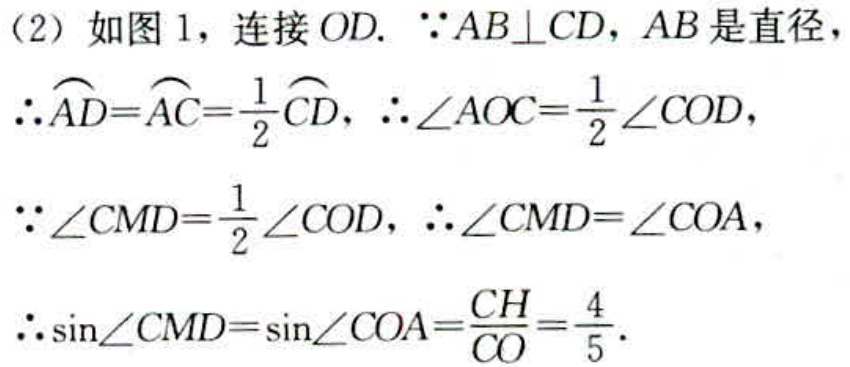
(2) 如图 1，连接 \(OD\). \(\because AB\perp CD\)，\(AB\) 是直径，
\(\therefore\overset{\frown}{AD}=\overset{\frown}{AC}=\frac{1}{2}\overset{\frown}{CD}\)，\(\therefore\angle AOC = \frac{1}{2}\angle COD\)，
\(\because\angle CMD=\frac{1}{2}\angle COD\)，\(\therefore\angle CMD=\angle COA\)，
\(\therefore\sin\angle CMD=\sin\angle COA=\frac{CH}{CO}=\frac{4}{5}\).